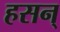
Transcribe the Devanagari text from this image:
हसन्